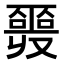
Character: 𠮎